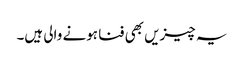
یہ چیزیں بھی فنا ہونے والی ہیں۔